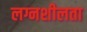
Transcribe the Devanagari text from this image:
लग्नशीलता